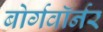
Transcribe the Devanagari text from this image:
बोर्गवॉर्नर